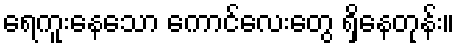
ရေကူးနေသော ကောင်လေးတွေ ရှိနေတုန်း။